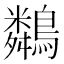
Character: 𪆞